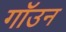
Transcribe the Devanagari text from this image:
गॉउन